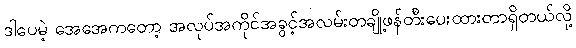
ဒါပေမဲ့ အေအေကတော့ အလုပ်အကိုင်အခွင့်အလမ်းတချို့ဖန်တီးပေးထားတာရှိတယ်လို့